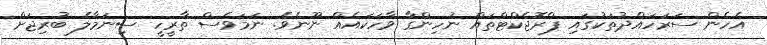
އެހެން ސަރަހައްދުތަކުގައި ޕްރޮޖެކްޓްތައް ނުހިންގާ ވާހަކައެއް ނޫނެވެ. ނަމަވެސް ތާރީހީ ސިނަމާލެ ބުރިޖަށް